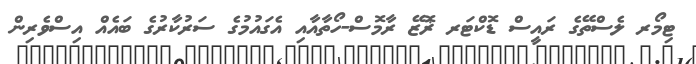
ޓިމޯރ ލެސްތޭގެ ރައީސް ޑޮކްޓަރ ޜޮޒޭ ރާމޮސް-ހޯތާއާއި އެގައުމުގެ ސަރުކާރުގެ ބައެއް އިސްވެރިން